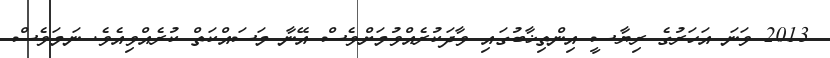
2013 ވަނަ އަހަރުގެ ރިޔާސީ އިންތިޚާބުގައި ވާދަކުރެއްވުމަށްވެސް އޭނާ މަސައްކަތް ކުރެއްވިއެވެ. ނަމަވެސް